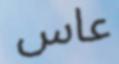
عاس